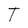
Character: T